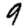
Digit: 9